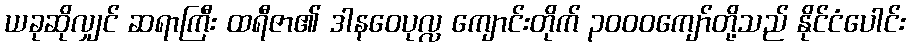
ယခုဆိုလျှင် ဆရာကြီး ထရီဇာ၏ ဒါနဝေပုလ္လ ကျောင်းတိုက် ၃၀၀၀ကျော်တို့သည် နိုင်ငံပေါင်း